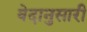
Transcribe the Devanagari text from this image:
वेदानुसारी